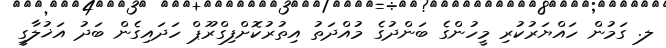
ލ. ގަމުން ހައްޔަރުކުރި މީހުންގެ ބަންދުގެ މުއްދަތު އިތުރުކޮށްފިގްރޫޕް ހަދައިގެން ބަދު އަޚުލާގީ